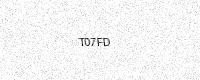
Text: T07FD